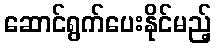
ဆောင်ရွက်ပေးနိုင်မည့်